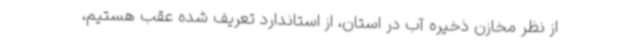
از نظر مخازن ذخیره آب در استان، از استاندارد تعریف شده عقب هستیم،